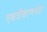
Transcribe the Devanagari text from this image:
एकत्रीकरणनंतर